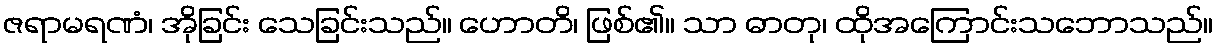
ဇရာမရဏံ၊ အိုခြင်း သေခြင်းသည်။ ဟောတိ၊ ဖြစ်၏။ သာ ဓာတု၊ ထိုအကြောင်းသဘောသည်။